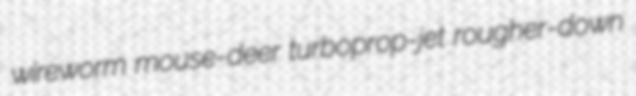
wireworm mouse-deer turboprop-jet rougher-down